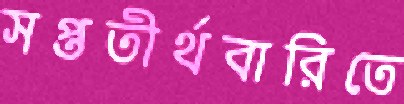
সপ্ততীর্থবারিতে